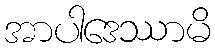
အာပါဒေဿာမိ